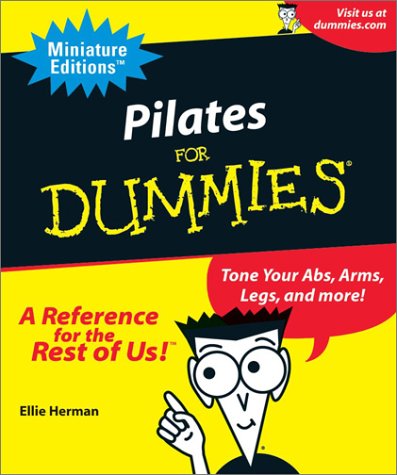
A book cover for Pilates For Dummies (Miniature Editions for Dummies (Running Press)); Ellie Herman; Health, Fitness & Dieting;